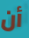
أن